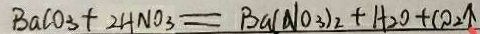
B a C O _ { 3 } + 2 H N O _ { 3 } = B a ( N O _ { 3 } ) _ { 2 } + H _ { 2 } O + C O _ { 2 } \uparrow